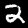
Digit: 2